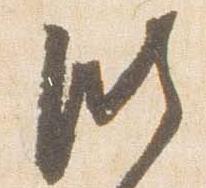
臨